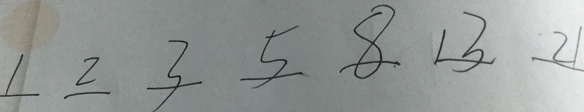
1 2 3 5 8 1 3 2 1